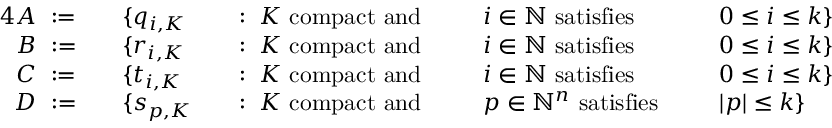
{ \begin{array} { r l r l r l r l } { { 4 } A ~ : = \quad } & { \{ q _ { i , K } } & & { : \; K { \mathrm { ~ c o m p a c t ~ a n d ~ } } \; } & & { i \in \mathbb { N } { \mathrm { ~ s a t i s f i e s ~ } } \; } & & { 0 \leq i \leq k \} } \\ { B ~ : = \quad } & { \{ r _ { i , K } } & & { : \; K { \mathrm { ~ c o m p a c t ~ a n d ~ } } \; } & & { i \in \mathbb { N } { \mathrm { ~ s a t i s f i e s ~ } } \; } & & { 0 \leq i \leq k \} } \\ { C ~ : = \quad } & { \{ t _ { i , K } } & & { : \; K { \mathrm { ~ c o m p a c t ~ a n d ~ } } \; } & & { i \in \mathbb { N } { \mathrm { ~ s a t i s f i e s ~ } } \; } & & { 0 \leq i \leq k \} } \\ { D ~ : = \quad } & { \{ s _ { p , K } } & & { : \; K { \mathrm { ~ c o m p a c t ~ a n d ~ } } \; } & & { p \in \mathbb { N } ^ { n } { \mathrm { ~ s a t i s f i e s ~ } } \; } & & { | p | \leq k \} } \end{array} }